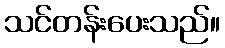
သင်တန်းပေးသည်။